Vaccine operations Central Provinces 1868-1885 - 1868-1885
Year: 1868
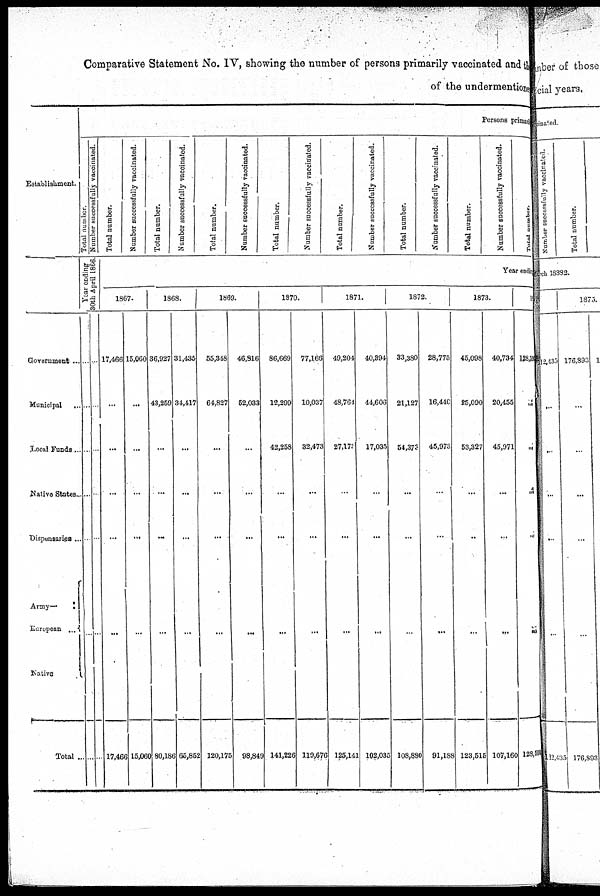
Comparative Statement No. IV, showing the number of persons primarily vaccinated and the
of the undermentioned
Establishment.
Government ...
Municipal ...
Local Funds ...
Native States ...
Dispensaries ...
Army—
European ...
Native ...
Total ...
Persons primary
Total number.
Number successfully vaccinated.
Year ending
30th April 1866.
...
...
...
...
...
...
...
...
...
...
...
...
...
...
...
...
Total number.
Number successfully vaccinated.
Total number.
Number successfully vaccinated.
Total number.
Number successfully vaccinated.
Total number.
Number successfully vaccinated.
Total number.
Number successfully vaccinated.
Total number.
Number successfully vaccinated.
Total number.
Number successfully vaccinated.
Total Number.
Year ending
1867.
17,466
...
...
...
...
...
...
17,466
15,060
...
...
...
...
...
...
15,060
1868.
36,927
43,259
...
...
...
...
...
80,186
31,435
34,417
...
...
...
...
...
65,852
1869.
55,348
64,827
...
...
...
...
...
120,175
46,816
52,033
...
...
...
...
...
98,849
1870.
86,669
12,299
42,258
...
...
...
...
141,226
77,166
10,037
32,473
...
...
...
...
119,676
1871.
49,204
48,764
27,179
...
...
...
...
125,141
40,394
44,606
17,035
...
...
...
...
102,035
1872.
33,380
21,127
54,373
...
...
...
...
108,880
28,775
16,440
45,973
...
...
...
...
91,188
1873.
45,098
25,090
53,327
...
...
...
...
123,515
40,734
20,455
45,971
...
...
...
...
107,160
10
128,590
...
...
...
...
...
...
128,590